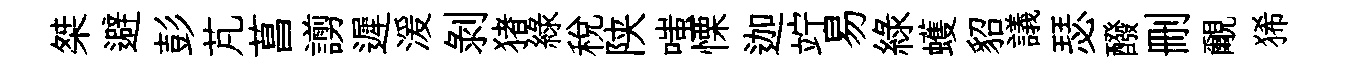
桀避彭芃菖謭遲湲剝猪綠稅陕嗤慄迦竚易緑蠖貂議瑟醱删覼狶